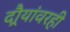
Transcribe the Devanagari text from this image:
दौर्‍यांवरही